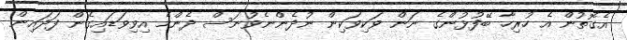
އެގޮތުން އެ ހުރިހާ ބޭފުޅުންގެ ނަން ވަކިވަކިން ނުދެންނެވުނަސް ދެންމެ އިވިވަޑައިގެން ފަދައިން